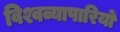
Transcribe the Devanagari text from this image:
विश्वव्यापारियों